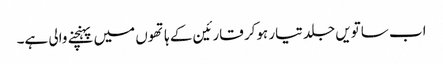
اب ساتویں جلد تیار ہوکر قارئین کے ہاتھوں میں پہنچنے والی ہے۔